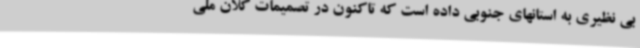
بی نظیری به استانهای جنوبی داده است که تاکنون در تصمیمات کلان ملی